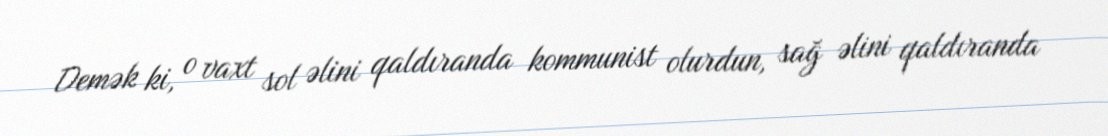
Demək ki, o vaxt sol əlini qaldıranda kommunist olurdun, sağ əlini qaldıranda